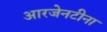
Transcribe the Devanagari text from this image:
आरजेनटीना